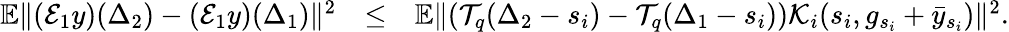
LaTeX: \begin{array}{rlr}{\mathbb{E}\| ({\cal E}_{1}y)(\Delta_{2})-({\cal E}_{1}y)(\Delta_{1})\| ^{2}}&{\leq}&{\mathbb{E}\| ({\cal T}_{q}(\Delta_{2}-s_{i})-{\cal T}_{q}(\Delta_{1}-s_{i})){\cal K}_{i}(s_{i},g_{s_{i}}+\bar{y}_{s_{i}})\| ^{2}.}\end{array}